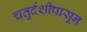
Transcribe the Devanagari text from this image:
चतुर्दशीपासून